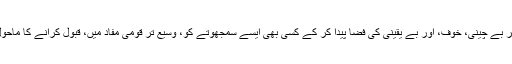
عوام میں دانستہ طور پر بے چینی، خوف، اور بے یقینی کی فضا پیدا کر کے کسی بھی ایسے سمجھوتے کو، وسیع تر قومی مفاد میں، قبول کرانے کا ماحول بنانا مقصود ہوتا ہے۔